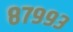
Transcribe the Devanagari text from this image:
८७९९३